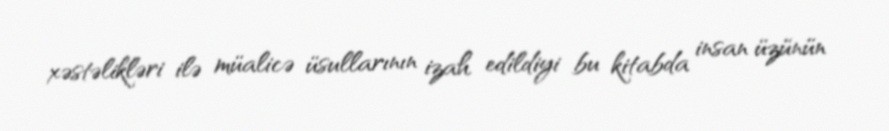
xəstəlikləri ilə müalicə üsullarının izah edildiyi bu kitabda insan üzünün